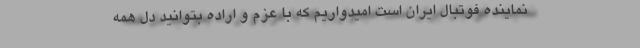
نماینده فوتبال ایران است امیدواریم که با عزم و اراده بتوانید دل همه